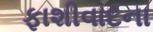
ફાશીવાદના